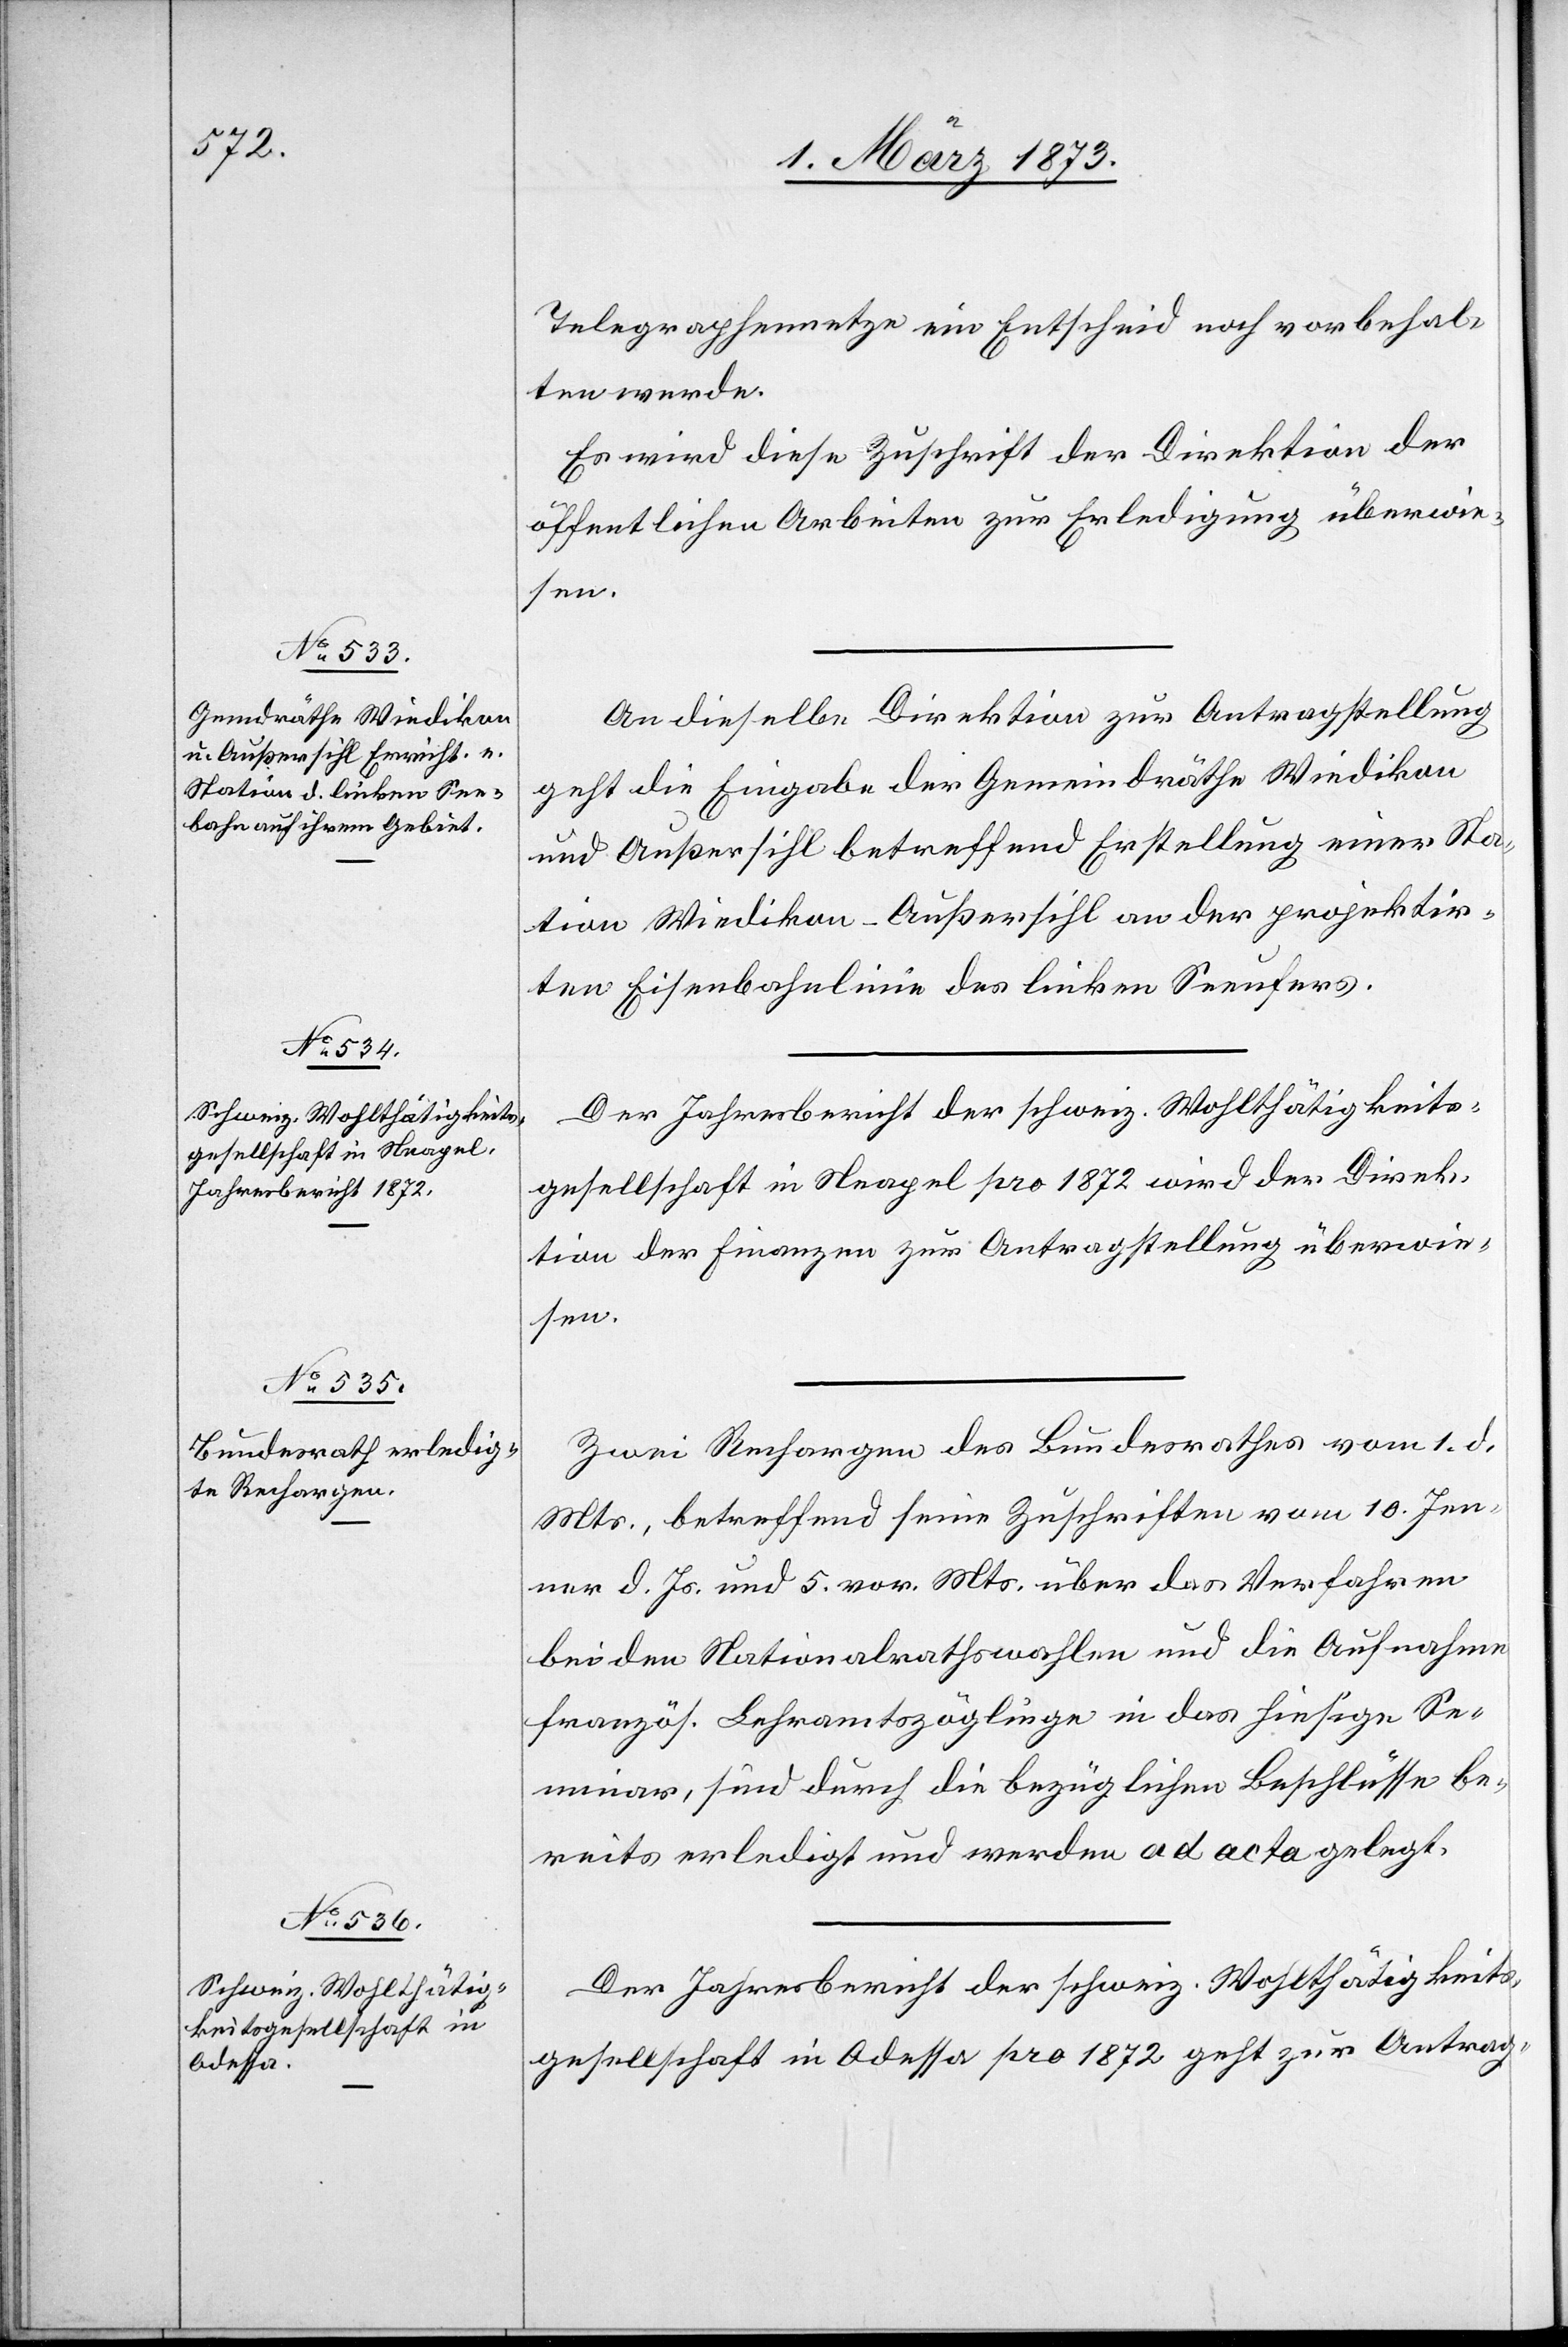
3. März 1873.]
Telegraphennetze ein Entscheid noch vorbehal¬
ten werde.
Es wird diese Zuschrift der Direktion der
öffentlichen Arbeiten zur Erledigung überwie¬
sen.
An dieselbe Direktion zur Antragstellung
geht die Eingabe der Gemeindräthe Wiedikon
und Außersihl betreffend Erstellung einer Sta¬
tion Wiedikon–Außersihl an der projektir¬
ten Eisenbahnlinie des linken Seeufers.
Der Jahresbericht der schweiz. Wohltätigkeits¬
gesellschaft in Neapel pro 1872 wird der Direk¬
tion der Finanzen zur Antragstellung überwie¬
sen.
Zwei Rechargen des Bundesrathes vom 1. d.
Mts., betreffend seine Zuschriften vom 10. Jen¬
ner d. Js. und 5. vor. Mts. über das Verfahren
bei den Nationalrathswahlen und die Aufnahme
französ. Lehramtszöglinge in das hiesige Se¬
minar, sind durch die bezüglichen Beschlüsse be¬
reits erledigt und werden ad acta gelegt.
Der Jahresbericht der schweiz. Wohlthätigkeits¬
gesellschaft in Odessa pro 1872 geht zur Antrag-